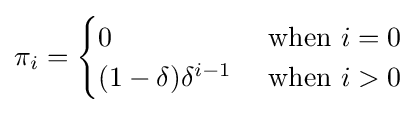
\pi _{i}={\begin{cases}0&{\text{ when }}i=0\\(1-\delta )\delta ^{i-1}&{\text{ when }}i>0\end{cases}}